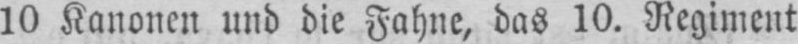
10 Kanonen und die Fahne, das 10. Regiment